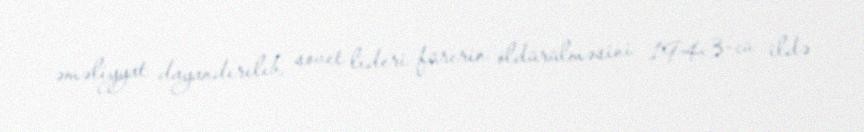
əməliyyat dayandırılıb, sovet lideri fürerin öldürülməsini 1943-cü ildə